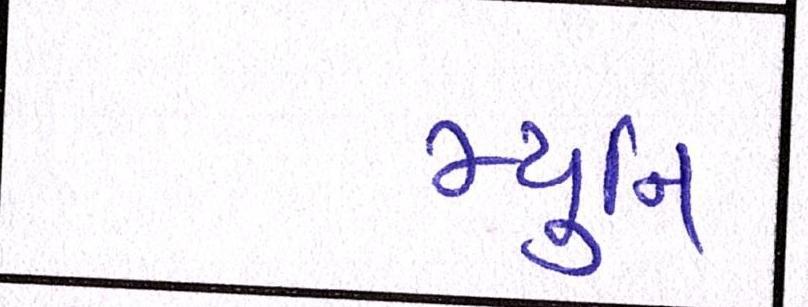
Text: મ્યુનિ